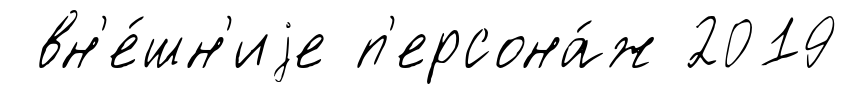
вн'е́шн'иjе п'ерсона́ж 2019